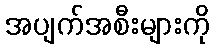
အပျက်အစီးများကို